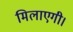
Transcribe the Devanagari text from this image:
मिलाएगी।